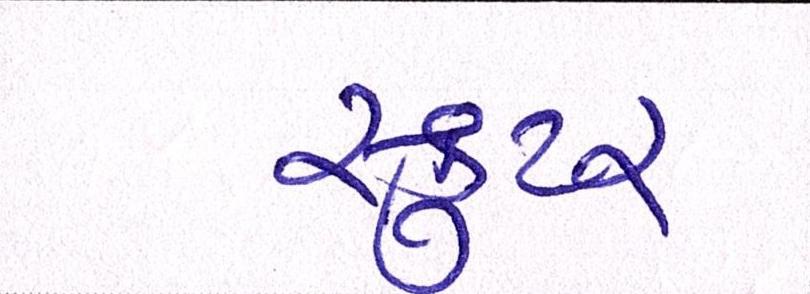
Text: સ્કુટર